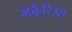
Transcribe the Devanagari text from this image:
मेर्कूरिउस